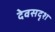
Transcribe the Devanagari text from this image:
देवसदृश